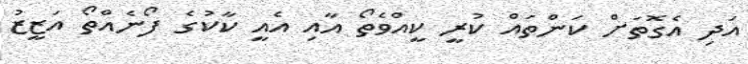
އަދި އެގޮތަށް ކަންތައް ކުރީ ކީއްވެތޯ އާއި އެއީ ކާކުގެ ފޯނެއްތޯ އަޒީޒު